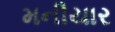
મનીયાર